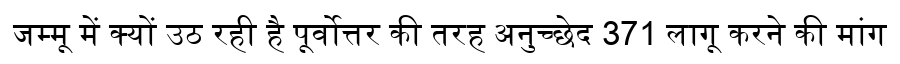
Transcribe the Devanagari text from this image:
जम्मू में क्यों उठ रही है पूर्वोत्तर की तरह अनुच्छेद 371 लागू करने की मांग